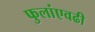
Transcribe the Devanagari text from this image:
फुलांएवढी